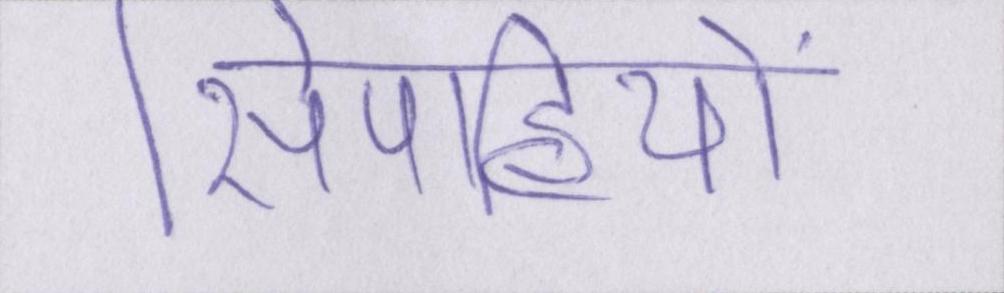
सिपाहियों